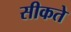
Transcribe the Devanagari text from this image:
सीकते